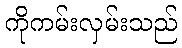
ကိုကမ်းလှမ်းသည်